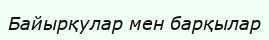
Байырқулар мен барқылар